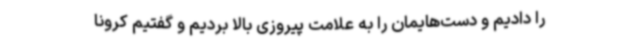
را دادیم و دست‌هایمان را به علامت پیروزی بالا بردیم و گفتیم کرونا